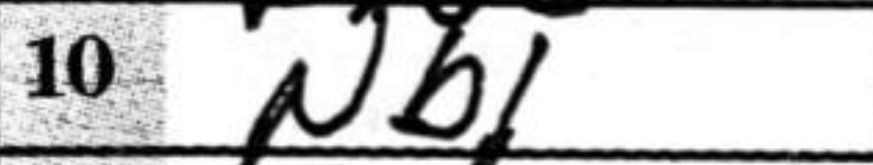
Transcription: Nb1